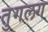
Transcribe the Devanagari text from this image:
तुगलग